Lunatic asylums Punjab 1895-1910 - 1895-1910
Year: 1895
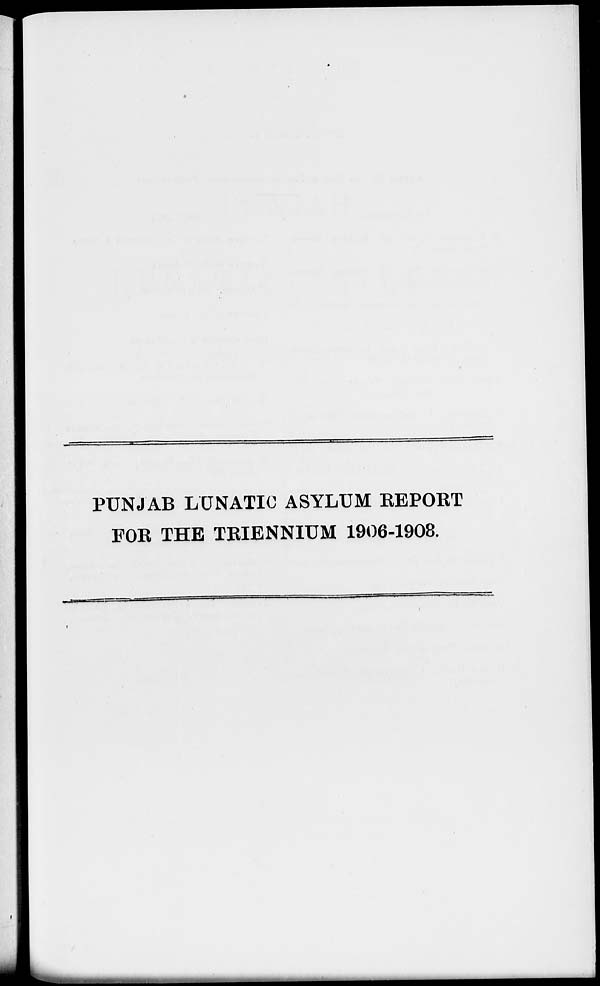
PUNJAB LUNATIC ASYLUM REPORT
FOR THE TRIENNIUM 1906-1908.